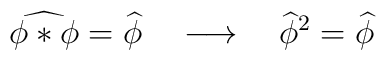
\widehat{\phi *\phi}=\widehat{\phi} \quad \longrightarrow \quad \widehat{\phi}^2=\widehat{\phi}